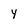
Character: Y